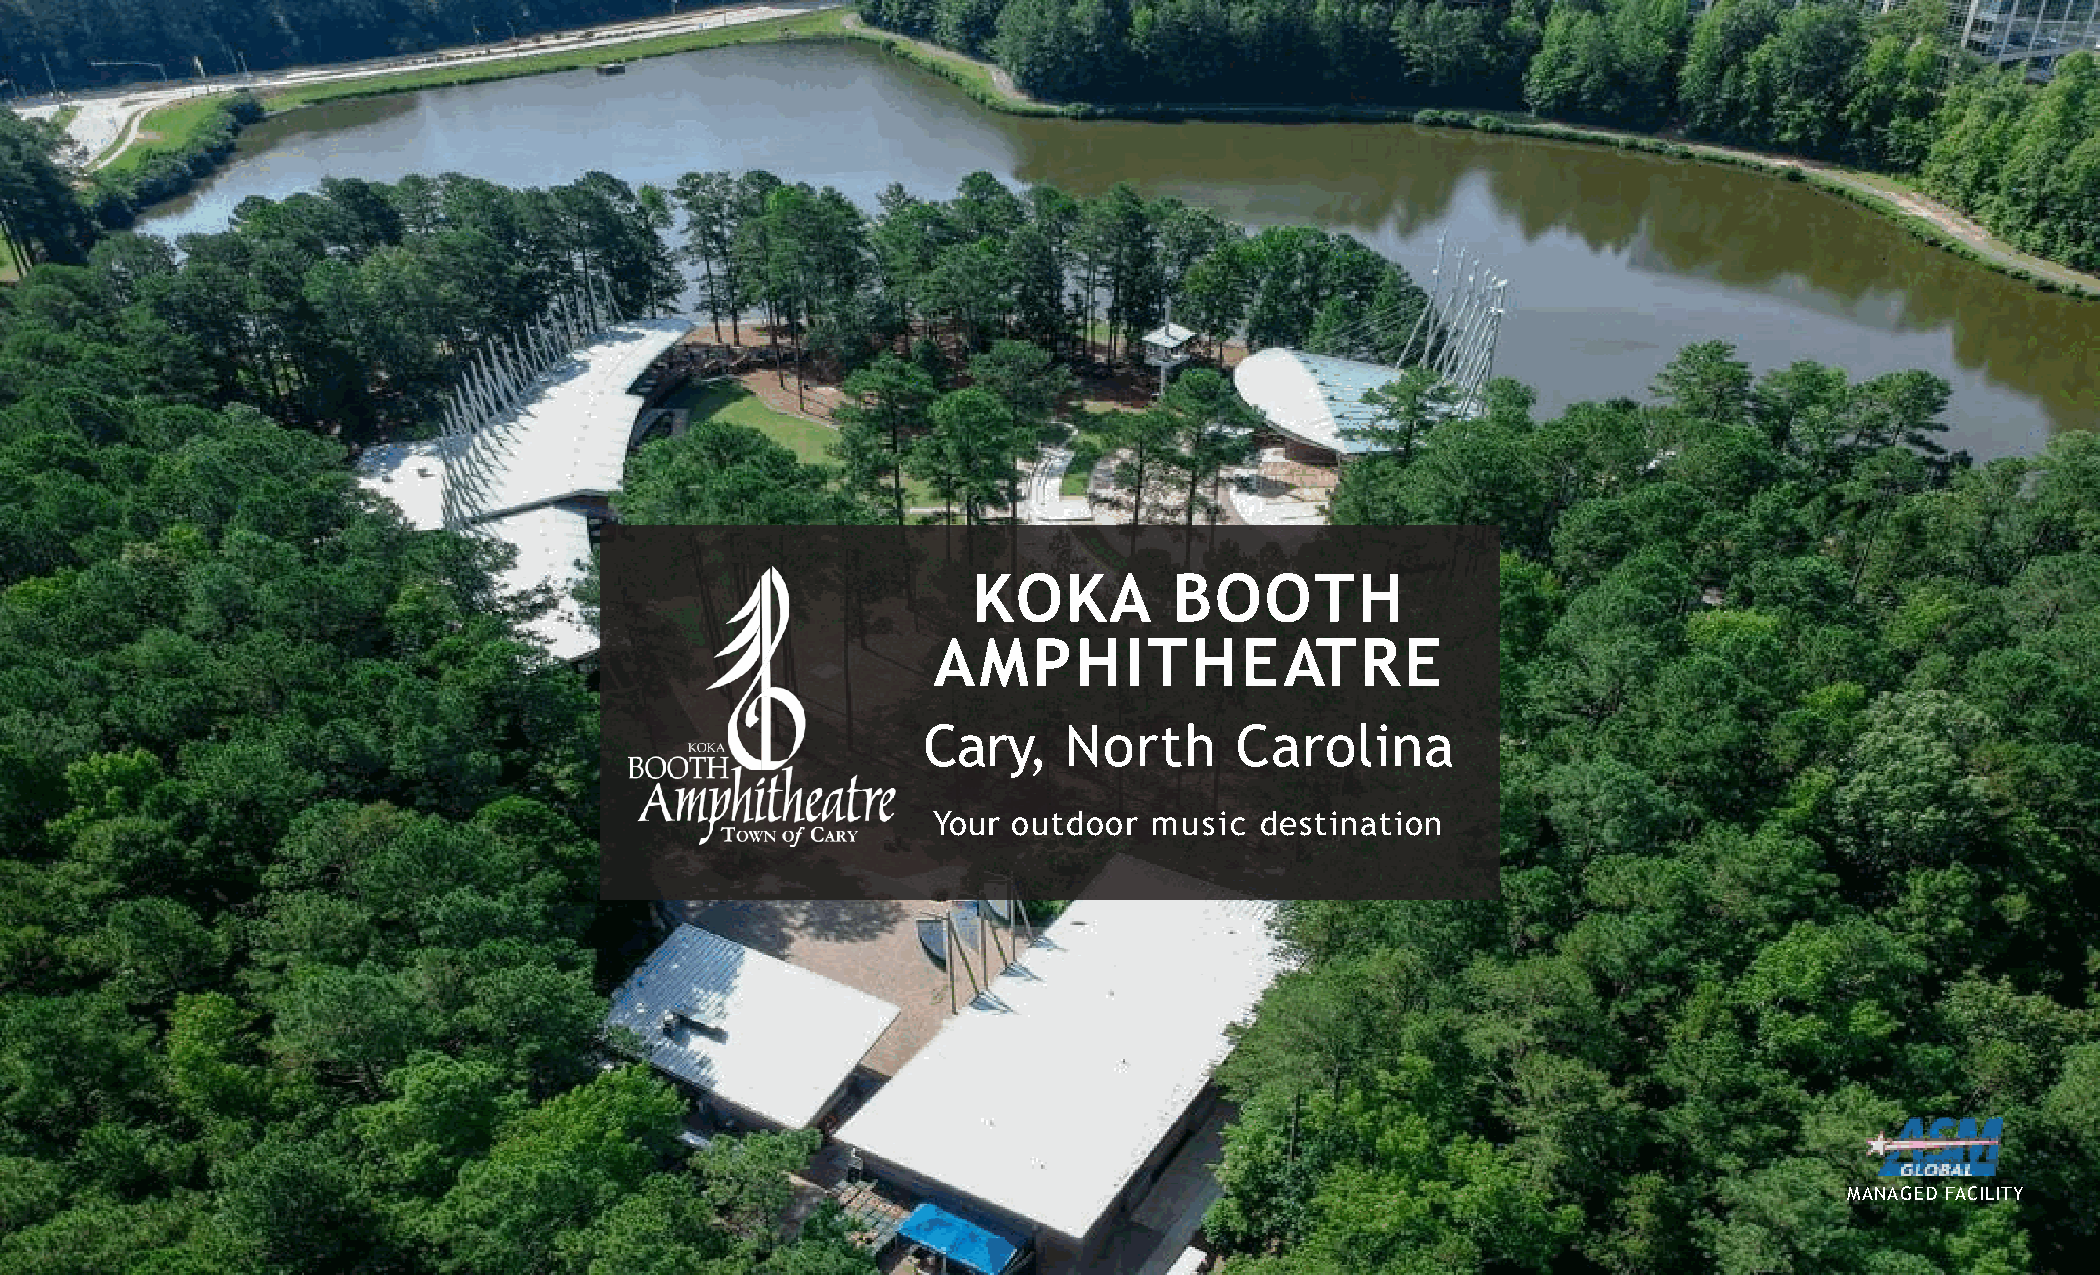
KOKA          BOOTH
 AMPHITHEATRE
 Cary,    North       Carolina
 Your outdoor  music  destination
 MANAGED FACILITY